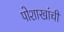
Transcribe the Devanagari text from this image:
पोशाखांची